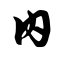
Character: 内